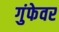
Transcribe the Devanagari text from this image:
गुंफेवर